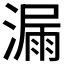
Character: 漏